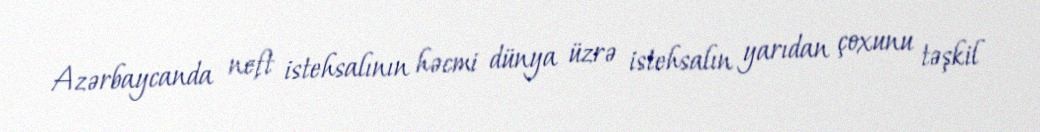
Azərbaycanda neft istehsalının həcmi dünya üzrə istehsalın yarıdan çoxunu təşkil